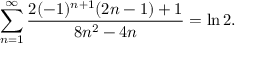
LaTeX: \sum _ { n = 1 } ^ { \infty } { \frac { 2 ( - 1 ) ^ { n + 1 } ( 2 n - 1 ) + 1 } { 8 n ^ { 2 } - 4 n } } = \ln 2 .